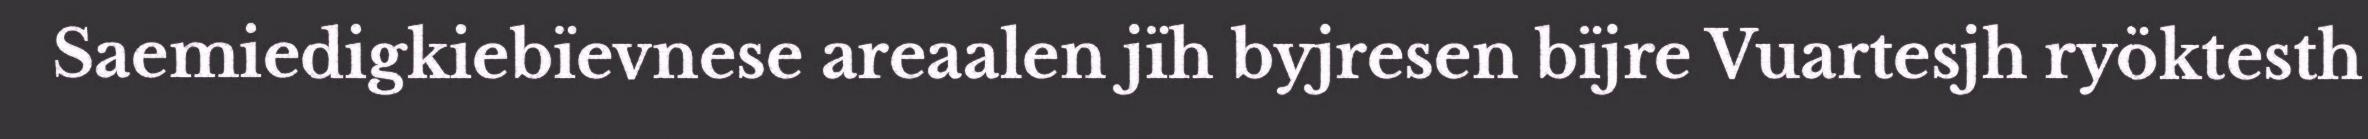
Saemiedigkiebïevnese areaalen jïh byjresen bïjre Vuartesjh ryöktesth